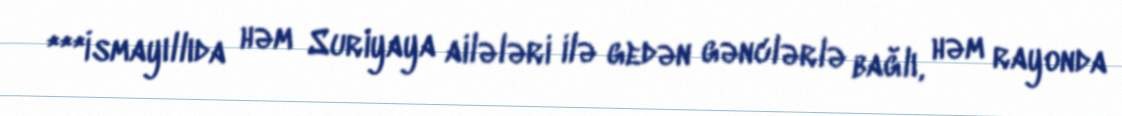
***İsmayıllıda həm Suriyaya ailələri ilə gedən gənclərlə bağlı, həm rayonda